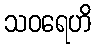
သဝရေဟိ